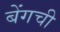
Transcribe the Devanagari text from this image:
बेंगची